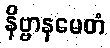
နိဗ္ဗာနမေတံ